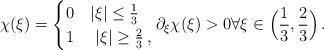
LaTeX: \begin{align*}\chi(\xi) = \begin{cases}0 & |\xi| \leq \frac13 \\1 & \ |\xi| \geq \frac23\,,\end{cases} \partial_\xi \chi(\xi) > 0 \forall \xi \in \Big(\frac13, \frac23 \Big) \, . \end{align*}